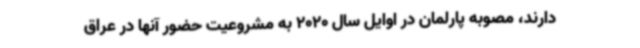
دارند، مصوبه پارلمان در اوایل سال 2020 به مشروعیت حضور آنها در عراق